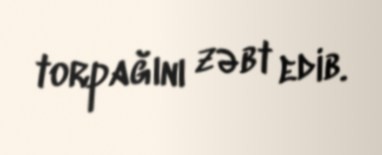
torpağını zəbt edib.